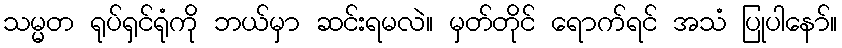
သမ္မတ ရုပ်ရှင်ရုံကို ဘယ်မှာ ဆင်းရမလဲ။ မှတ်တိုင် ရောက်ရင် အသံ ပြုပါနော်။